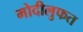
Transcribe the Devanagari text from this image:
मोदीलुफत